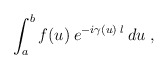
\begin{align*}\int_a^b f(u) \:e^{-i \gamma(u) \:l} \:du \;, \end{align*}